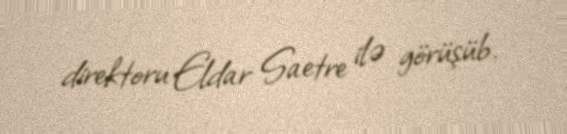
direktoru Eldar Saetre ilə görüşüb.